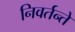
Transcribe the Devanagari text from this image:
निवर्तन्ते